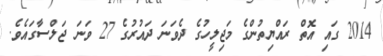
2014 ގައި އޮތް ރައްޔިތުންގެ މަޖިލީހުގެ ދެވަނަ ދައުރުގެ 27 ވަނަ ޖަލްސާގައެވެ.